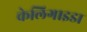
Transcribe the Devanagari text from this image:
केलिगाइडा